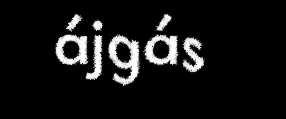
ájgás